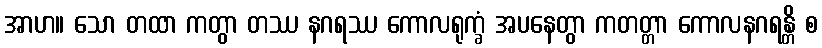
အာဟ။ သော တထာ ကတွာ တဿ နဂရဿ ကောလရုက္ခံ အပနေတွာ ကတတ္တာ ကောလနဂရန္တိ စ